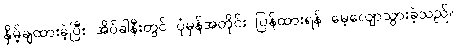
နှိမ့်ချထားခဲ့ပြီး အိပ်ခါနီးတွင် ပုံမှန်အတိုင်း ပြန်ထားရန် မေ့လျောသွားခဲ့သည်။